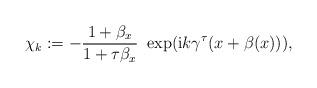
LaTeX: \begin{align*}\chi_k:=-\frac{1+\beta_x}{1+\tau \beta_x}\,\, \exp(\mathrm{i} k \gamma^{\tau}(x+\beta(x))),\end{align*}